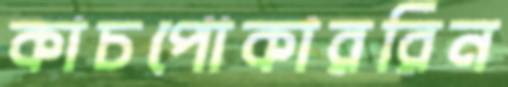
কাচপোকাররিন